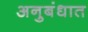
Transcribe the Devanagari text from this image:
अनुबंधात